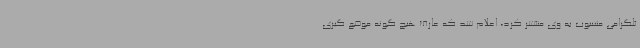
تلگرامی منسوب به وی منتشر کرد، اعلام شد که عارف هیچ گونه موضع گیری